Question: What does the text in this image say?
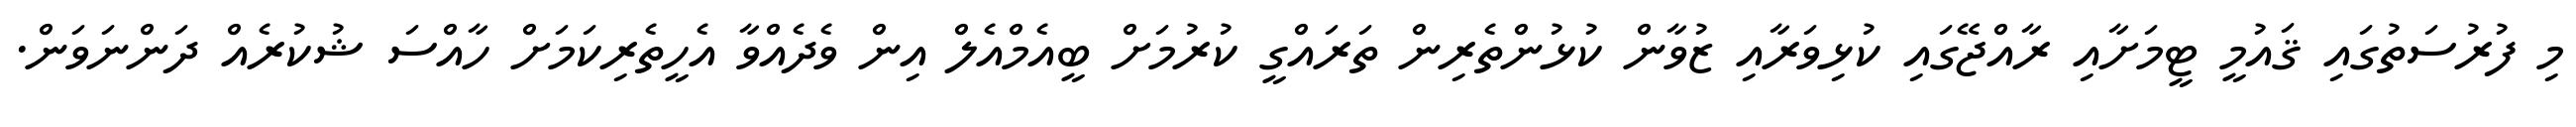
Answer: މި ފުރުސަތުގައި ޤައުމީ ޓީމަށާއި ރާއްޖޭގައި ކުޅިވަރާއި ޒުވާން ކުޅުންތެރިން ތަރައްގީ ކުރުމަށް ބީއެމްއެލް އިން ވެދެއްވާ އެހީތެރިކަމަށް ހާއްސަ ޝުކުރެއް ދަންނަވަން.